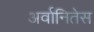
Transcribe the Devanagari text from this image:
अर्वानितेस